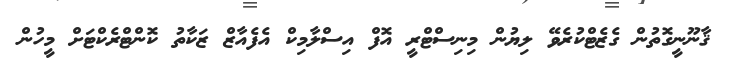
ޤާނޫނީގޮތުން ގެޒެޓްކުރެވޭ ލިޔުން މިނިސްޓްރީ އޮފް އިސްލާމިކް އެފެއާޒް ޒަކާތު ކޮންޓްރެކްޓަށް މީހުން